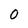
Character: 0